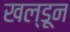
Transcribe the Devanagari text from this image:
खल्डून